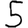
Digit: 5